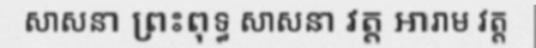
សាសនា ព្រះពុទ្ធ សាសនា វត្ត អារាម វត្ត